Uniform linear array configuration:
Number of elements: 32
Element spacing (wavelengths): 1
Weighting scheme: hamming
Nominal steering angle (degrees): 60
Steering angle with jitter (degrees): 58.54
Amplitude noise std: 0.05
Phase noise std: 0.05

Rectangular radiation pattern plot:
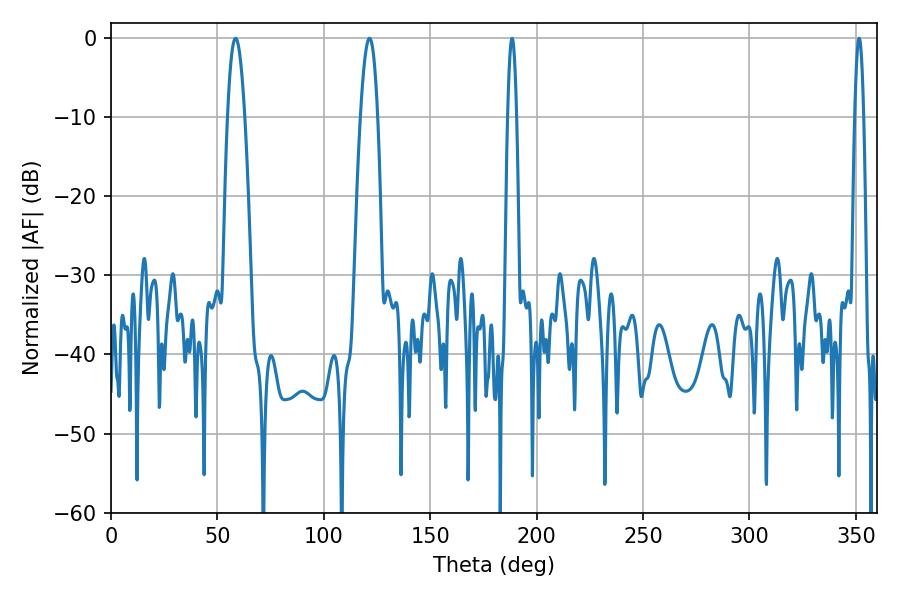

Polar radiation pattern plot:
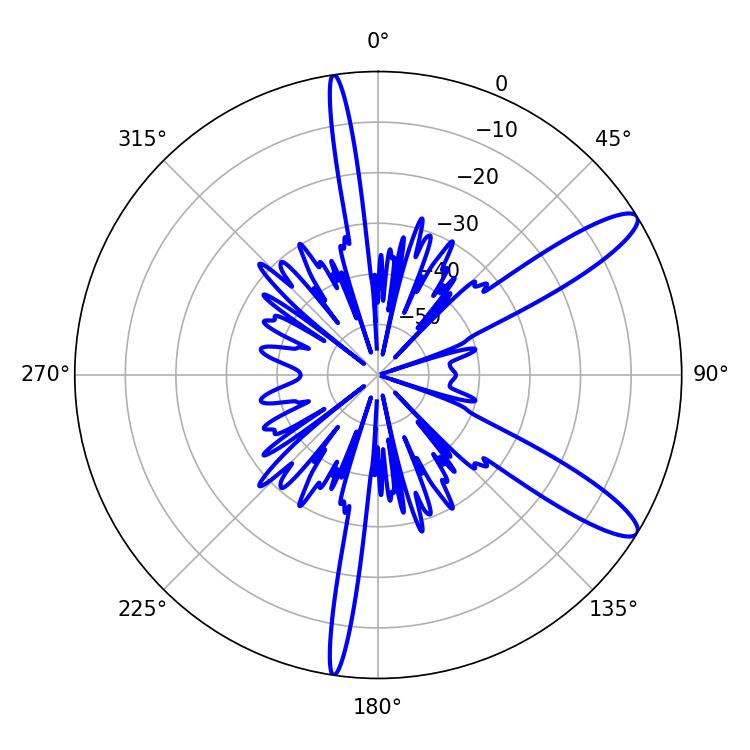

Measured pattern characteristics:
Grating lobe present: TRUE
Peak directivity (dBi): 11.844
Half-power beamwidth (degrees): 2.16
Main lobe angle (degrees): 188.46